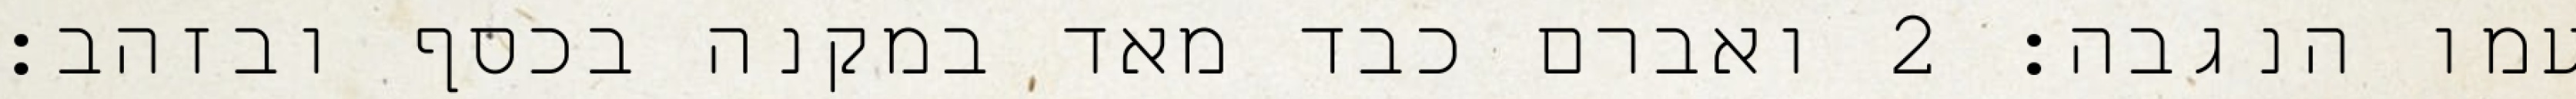
עמו הנגבה׃ ‎2‏ ואברם כבד מאד במקנה בכסף ובזהב׃